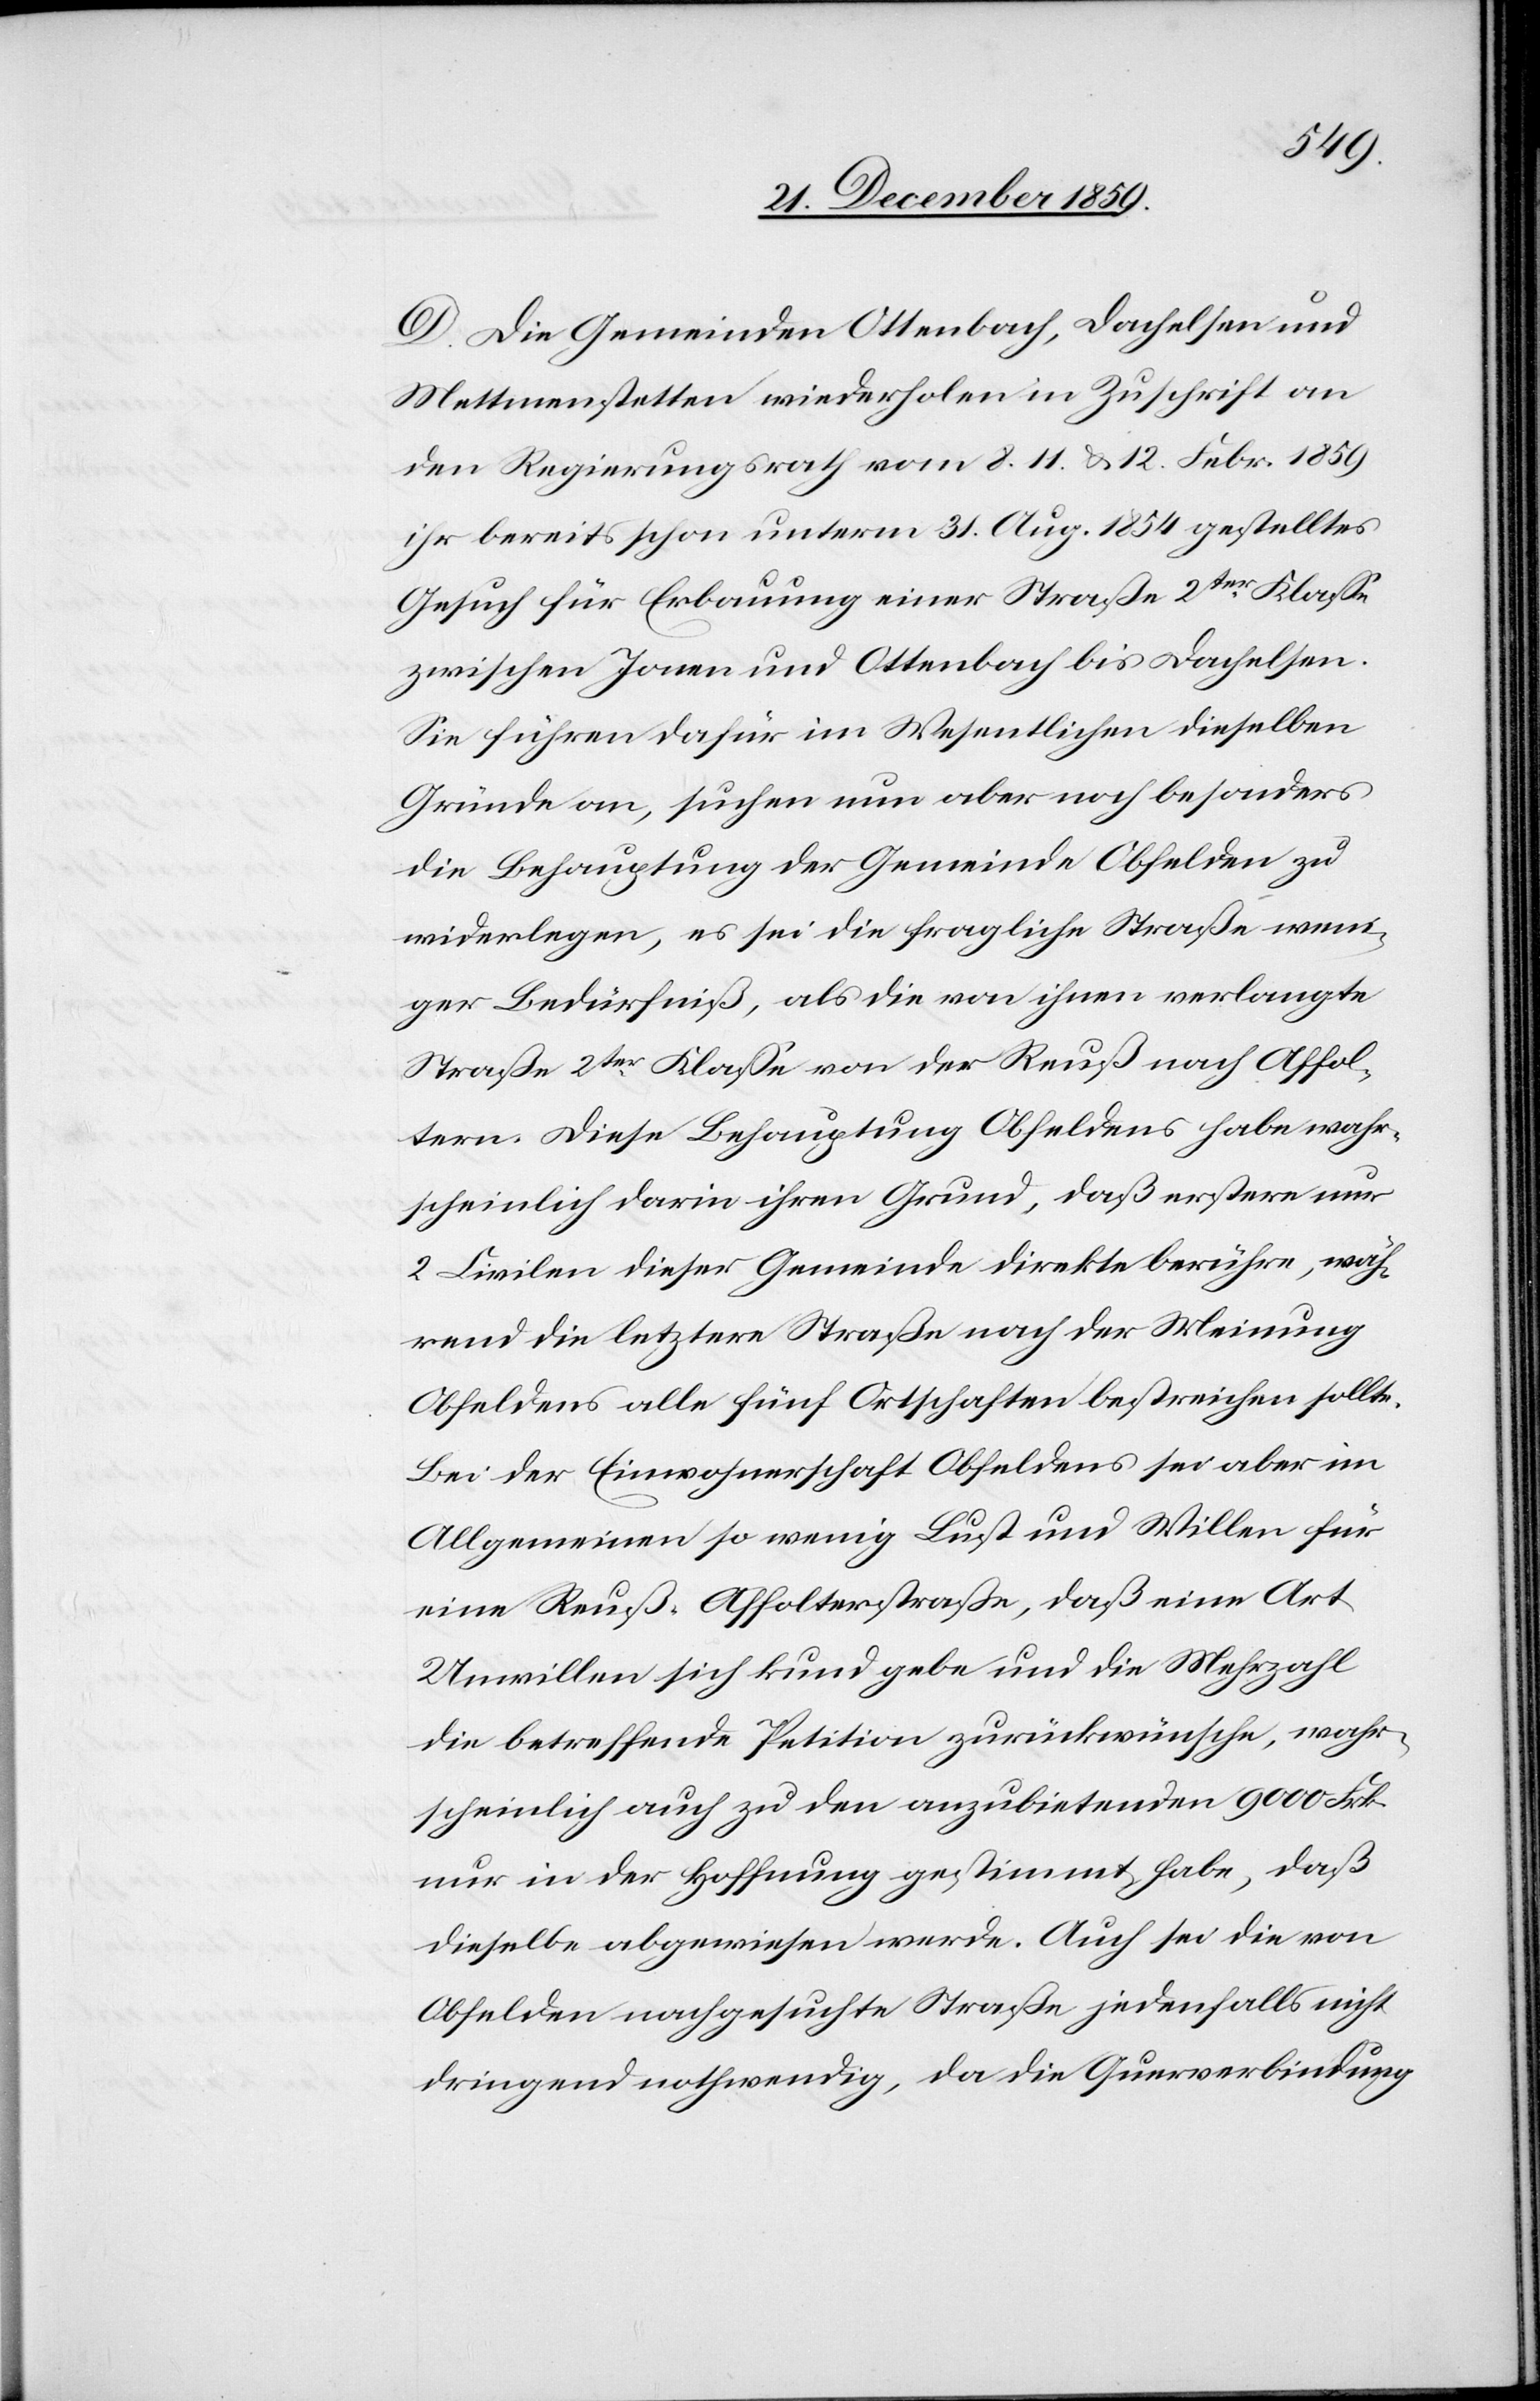
D. Die Gemeinden Ottenbach, Dachelsen und
Mettmenstetten wiederholen in Zuschrift an
den Regierungsrath vom 8.[,] 11. & 12. Febr. 1859
ihr bereits schon unterm 31. Aug. 1854 gestelltes
Gesuch für Erbauung einer Straße 2ter Klasse
zwischen Jonen und Ottenbach bis Dachelsen.
Sie führen dafür im Wesentlichen dieselben
Gründe an, suchen nun aber noch besonders
die Behauptung der Gemeinde Obfelden zu
widerlegen, es sei die fragliche Straße weni¬
ger Bedürfniß, als die von ihnen verlangte
Straße 2ter Klasse von der Reuß nach Affol¬
tern. Diese Behauptung Obfeldens habe wahr¬
scheinlich darin ihren Grund, daß erstere nur
2 Civilen dieser Gemeinde direkte berühre, wäh¬
rend die letztere Straße nach der Meinung
Obfeldens alle fünf Ortschaften bestreichen sollte.
Bei der Einwohnerschaft Obfeldens sei aber im
Allgemeinen so wenig Lust und Willen für
eine Reuß-Affolterstrasse, daß eine Art
Unwillen sich kund gebe und die Mehrzahl
die betreffende Petition zurückwünsche, wahr¬
scheinlich auch zu den anzubietenden 9000 Frk.
nur in der Hoffnung gestimmt habe, daß
dieselbe abgewiesen werde. Auch sei die von
Obfelden nachgesuchte Straße jedenfalls nicht
dringend nothwendig, da die Querverbindung